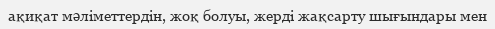
ақиқат мәліметтердін, жоқ болуы, жерді жақсарту шығындары мен